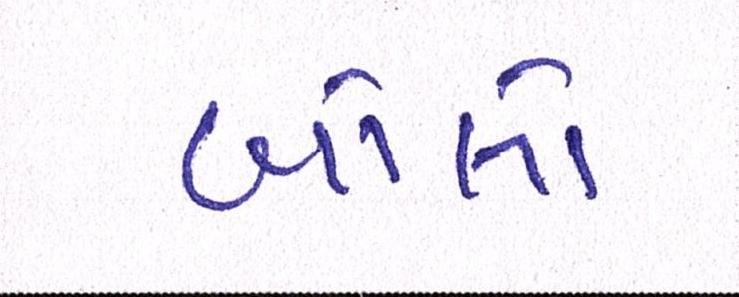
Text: બોલો